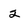
Character: 2